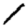
Digit: 1